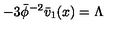
- 3 \bar { \phi } ^ { - 2 } \bar { v } _ { 1 } ( x ) = \Lambda